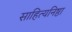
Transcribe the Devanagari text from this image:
साहित्यनिष्ठा